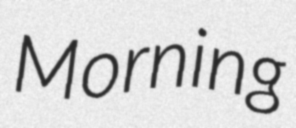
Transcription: Morning